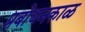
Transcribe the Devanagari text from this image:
प्रबोधनकाळ